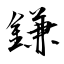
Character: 鎌